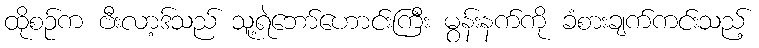
ထိုစဉ်က ဗီးလာ့ဒ်သည် သူ့ရဲဘော်ဟောင်းကြီး မွန်းနက်ကို ခံစားချက်ကင်းသည့်